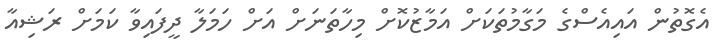
އެގޮތުން އައިއެސްގެ މަގާމުތަކަށް އަމާޒުކޮށް މިހާތަނަށް އަށް ހަމަލާ ދީފައިވާ ކަމަށް ރަޝިއާ